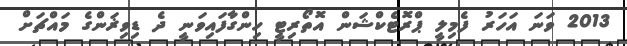
2013 ވަނަ އަހަރު ފެމިލީ ޕްރޮޓެކްޝަން އޮތޯރިޓީ ހިންގާފައިވަނީ ދެ ޑިވިޜަންގެ މައްޗަށް